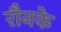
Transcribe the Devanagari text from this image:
रौनके